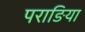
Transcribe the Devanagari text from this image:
पराङिया